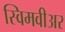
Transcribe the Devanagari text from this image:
स्विमवीअर